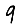
Digit: 9